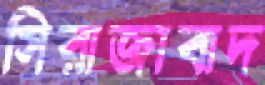
সিরাজাবাদ